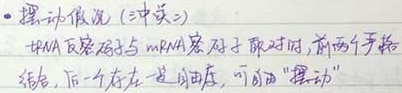
#NAME?